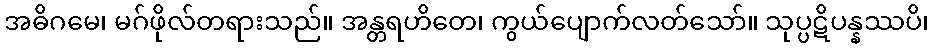
အဓိဂမေ၊ မဂ်ဖိုလ်တရားသည်။ အန္တရဟိတေ၊ ကွယ်ပျောက်လတ်သော်။ သုပ္ပဋိပန္နဿပိ၊